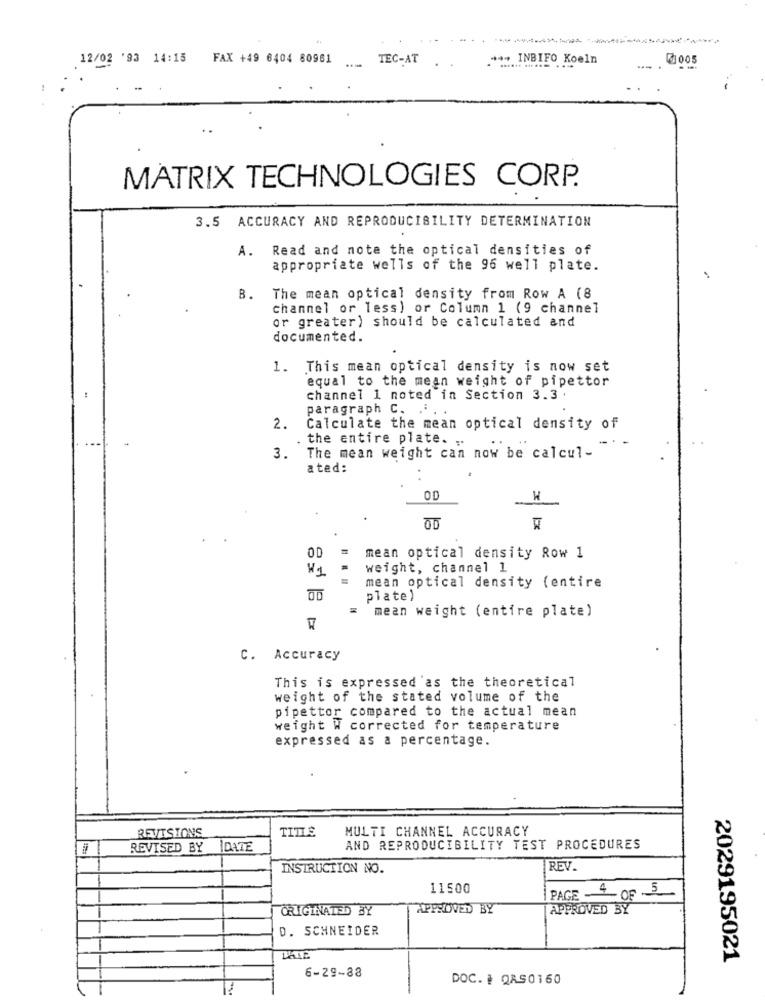
..
12/02 '93 14:15
FAX +49 6404 80961
TEC-AT
.*** INBIFO Koeln
3005
-
MATRIX TECHNOLOGIES CORP.
3.5 ACCURACY AND REPRODUCIBILITY DETERMINATION
A. Read and note the optical densities of
appropriate wells of the 96 well plate.
B.
The mean optical density from Row A (8
channel or less) or Column 1 (9 channel
or greater) should be calculated and
documented.
1. This mean optical density is now set
equal to the mean weight of pipettor
channel 1 noted in Section 3.3 .
paragraph C. . . .
2.
Calculate the mean optical density of
the entire plate.
The mean weight can now be calcul-
3.
ated:
OD
OD
OD
mean optical density Row 1
weight, channel 1
mean optical density (entire
plate)
mean weight (entire plate)
C. Accuracy
This is expressed as the theoretical
weight of the stated volume of the
pipettor compared to the actual mean
weight W corrected for temperature
expressed as a percentage.
REVISIONS
TITIS
MULTI CHANNEL ACCURACY
REVISED BY
IDATE
AND REPRODUCIBILITY TEST PROCEDURES
INSTRUCTION NO.
REV.
11500
PAGE 4OF 5
ORIGINATED BY
APPROVED BY
APPROVED BY
D. SCHNEIDER
2029195021
6-29-88
DOC. # QAS0160